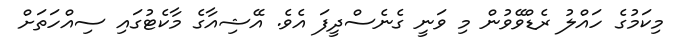
މިކަމުގެ ހައްލު ރެޑްވޭވުން މި ވަނީ ގެނެސްދީފަ އެވެ. އޭޝިއާގެ މާކެޓުގައި ސިއްހަތަށް